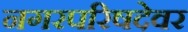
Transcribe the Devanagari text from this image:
नगरपरिषदेवर